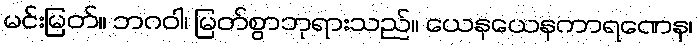
မင်းမြတ်။ ဘဂဝါ၊ မြတ်စွာဘုရားသည်။ ယေနယေနကာရဏေန၊